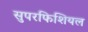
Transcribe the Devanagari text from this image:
सुपरफिशियल